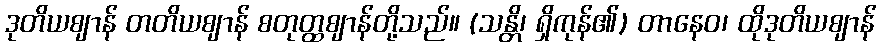
ဒုတိယဈာန် တတိယဈာန် စတုတ္ထဈာန်တို့သည်။ (သန္တိ၊ ရှိကုန်၏) တာနေဝ၊ ထိုဒုတိယဈာန်